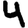
Digit: 4